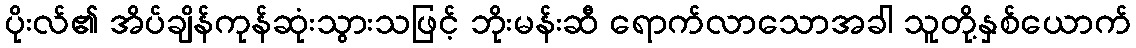
ပိုးလ်၏ အိပ်ချိန်ကုန်ဆုံးသွားသဖြင့် ဘိုးမန်းဆီ ရောက်လာသောအခါ သူတို့နှစ်ယောက်